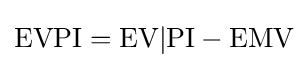
{\mbox{EVPI}}={\mbox{EV}}|{\mbox{PI}}-{\mbox{EMV}}